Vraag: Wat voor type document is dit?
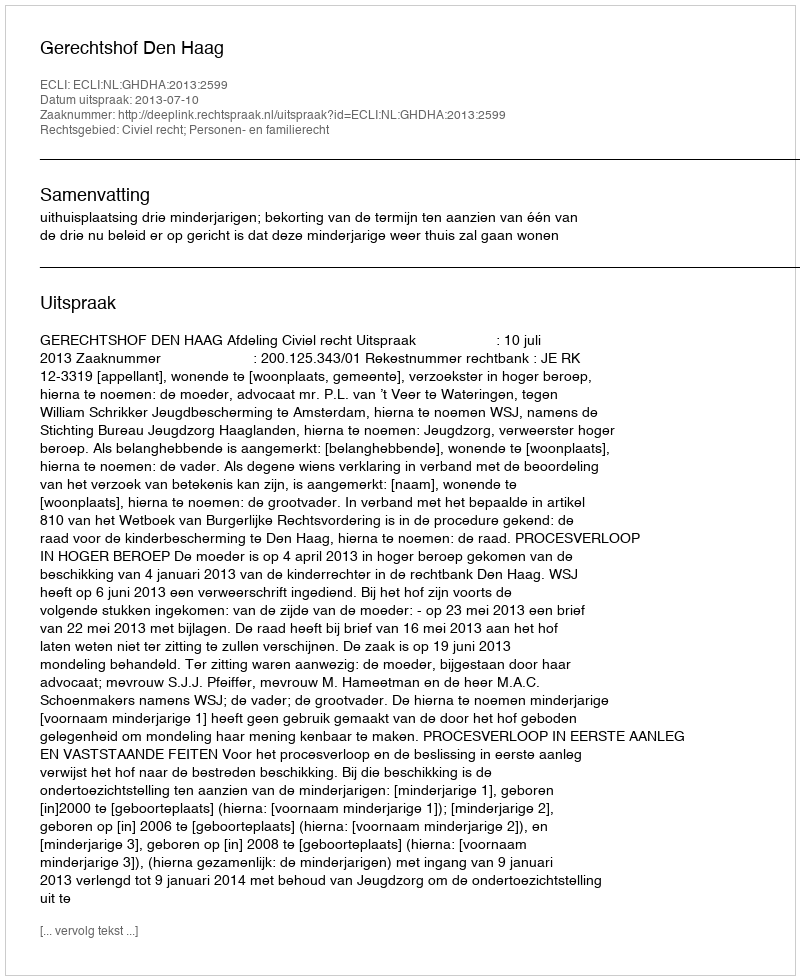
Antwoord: Uitspraak